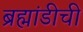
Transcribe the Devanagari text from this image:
ब्रह्मांडीची